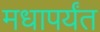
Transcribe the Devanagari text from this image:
मधापर्यंत